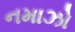
નમાઝો